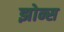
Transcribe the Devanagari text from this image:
झोन्स